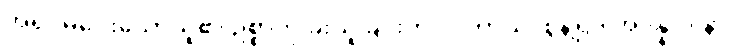
အရှင်မပေးသောသူ၏ ဥစ္စာကို ခိုးယူခြင်းကို။ ပဟာယ၊ စွန့်၍။ အဒိန္နာဒါနာ၊